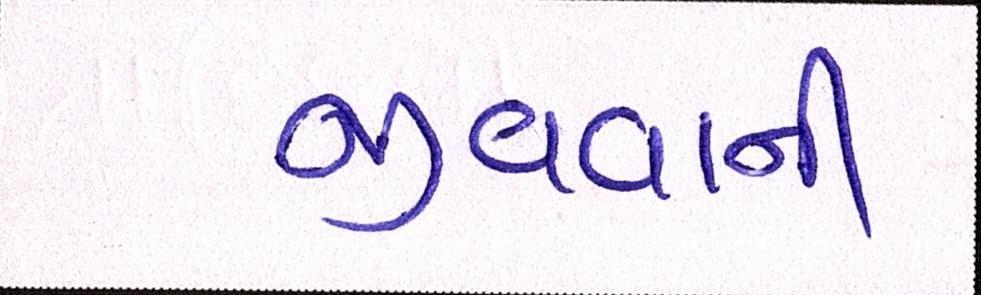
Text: જીવવાની